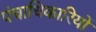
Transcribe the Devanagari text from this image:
पंचाधिकारियों